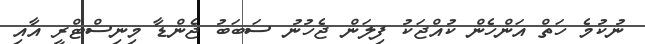
ނުކުމެ ހަތް އަންހެން ކުއްޖަކު ފިލަން ޖެހުނު ސަބަބު ޖެންޑާ މިނިސްޓްރީ އާއި